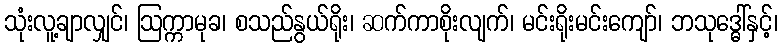
သုံးလူ့ချာလျှင်၊ ဩက္ကာမုခ၊ စသည်နွယ်ရိုး၊ ဆက်ကာစိုးလျက်၊ မင်းရိုးမင်းကျော်၊ ဘသုဒ္ဓေါ်နှင့်၊